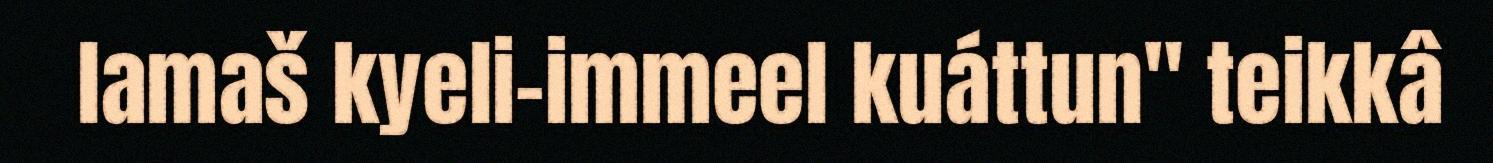
lamaš kyeli-immeel kuáttun" teikkâ